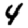
Digit: 4